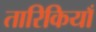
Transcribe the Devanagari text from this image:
तारिकियाँ